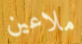
ملاعين